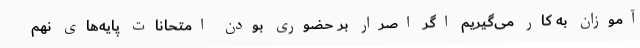
آموزان به کار می‌گیریم اگر اصرار بر حضوری بودن امتحانات پایه‌های نهم